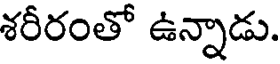
శరీరంతో ఉన్నాడు.